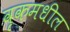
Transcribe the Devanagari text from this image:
वृकमधील